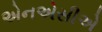
એનએસીએ